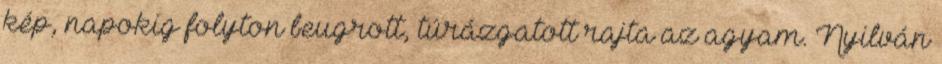
kép, napokig folyton beugrott, túrázgatott rajta az agyam. Nyilván